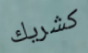
كشريك